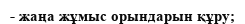
- жаңа жұмыс орындарын құру;